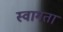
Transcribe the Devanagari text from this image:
स्वागता